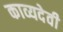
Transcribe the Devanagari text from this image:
काव्यदेवी